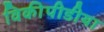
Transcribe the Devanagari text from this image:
विकीपीडीया